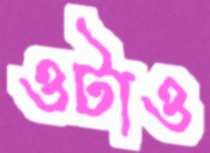
ওটাও